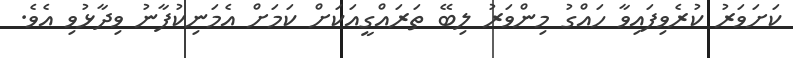
ކަށަވަރު ކުރެވިފައިވާ ހައްގު މިންވަރު ލިބޭ ތަރައްގީއަކަށް ކަމަށް އެމަނިކުފާނު ވިދާޅުވި އެވެ.